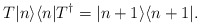
\begin{align*}T |n\rangle \langle n| T^\dagger = |n + 1 \rangle \langle n + 1|.\end{align*}